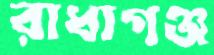
রাধাগঞ্জ